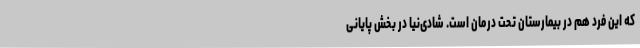
که این فرد هم در بیمارستان تحت درمان است. شادی‌نیا در بخش پایانی